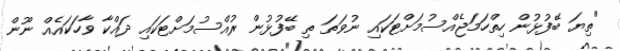
"ތިޔަ ބޭފުޅުން ހިތްހަމަޖެއްސުމަށްޓަކައި ނުވަތަ ތި ބޭފުޅުން ރުއްސުމަށްޓަކައި ދައްކާ ވާހަކައެއް ނޫން